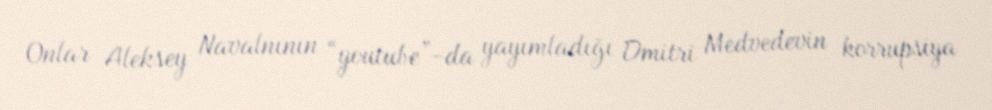
Onlar Aleksey Navalnının “youtube”-da yayımladığı Dmitri Medvedevin korrupsiya